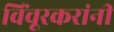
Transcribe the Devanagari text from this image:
विंचूरकरांनीं